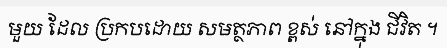
មួយ ដែល ប្រកបដោយ សមត្ថភាព ខ្ពស់ នៅក្នុង ជីវិត ។